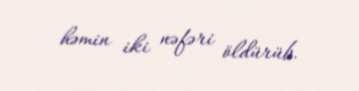
həmin iki nəfəri öldürüb.